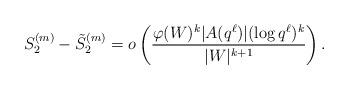
LaTeX: \begin{align*}S_2^{(m)} - \tilde{S}_2^{(m)} = o\left(\frac{\varphi(W)^k|A(q^\ell)|(\log q^\ell)^k}{|W|^{k+1}}\right).\end{align*}